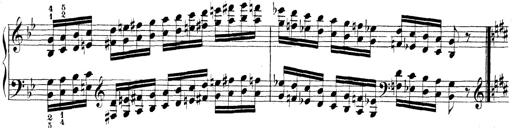
Title: Technische Studien
Composer: Franz Liszt